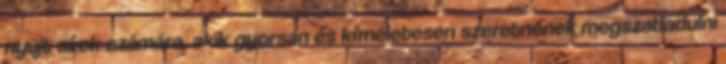
nyújt azok számára, akik gyorsan és kíméletesen szeretnének megszabadulni